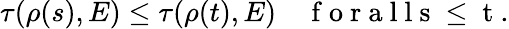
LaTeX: \tau(\rho(s),E)\leq\tau(\rho(t),E)\quad\mathrm{~f~o~r~a~l~l~s~\leq~t~}.